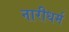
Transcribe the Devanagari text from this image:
नारीधर्म